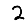
Digit: 2